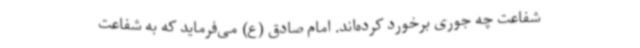
شفاعت چه جوری برخورد کرده‌اند. امام صادق (ع) می‌فرماید که به شفاعت